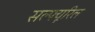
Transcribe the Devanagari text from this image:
सल्फ्यूरिल